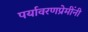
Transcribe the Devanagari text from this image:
पर्यावरणप्रेमींनी